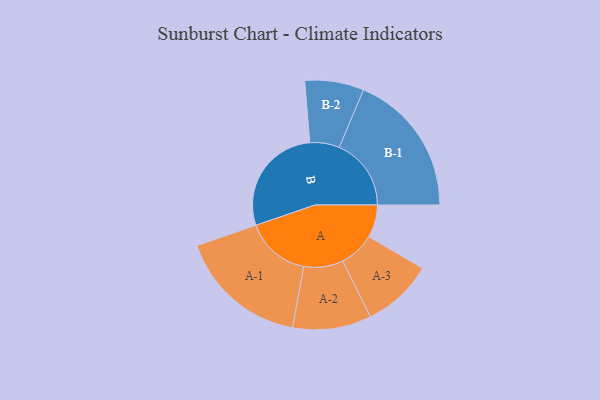
{"axis": {"x": "Segment", "y": "Value"}, "legend": ["", "A", "B"], "data": [{"x": "A", "y": 135, "type": ""}, {"x": "B", "y": 462, "type": ""}, {"x": "A-1", "y": 269, "type": "A"}, {"x": "A-2", "y": 163, "type": "A"}, {"x": "A-3", "y": 147, "type": "A"}, {"x": "B-1", "y": 298, "type": "B"}, {"x": "B-2", "y": 122, "type": "B"}]}